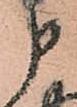
申